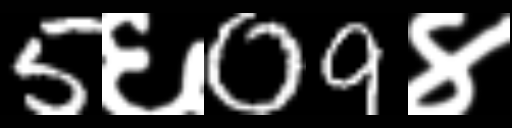
Text: 5६09४